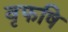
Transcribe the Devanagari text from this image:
वृफषि